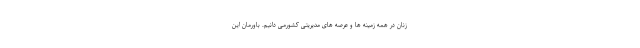
زنان در همه زمینه ها و عرصه های مدیریتی کشورمی دانیم. باورمان این